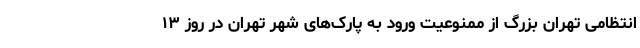
انتظامی تهران بزرگ از ممنوعیت ورود به پارک‌های شهر تهران در روز ۱۳